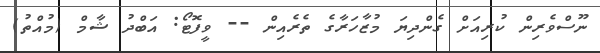
ނޫސްވެރިން ކުރިއަށް ގެންދިޔަ މުޒާހަރާގެ ތެރެއިން -- ވީފޮޓޯ: އަބްދު ޝާމް (މުއްތު)